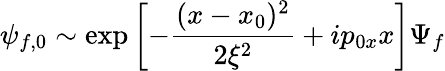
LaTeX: \psi_{f,0}\sim\exp\left[-\frac{(x-x_{0})^{2}}{2\xi^{2}}+ip_{0x}x\right]\Psi_{f}